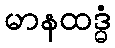
မာနထဒ္ဓံ